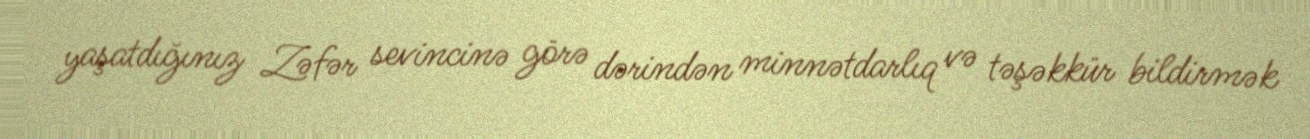
yaşatdığınız Zəfər sevincinə görə dərindən minnətdarlıq və təşəkkür bildirmək